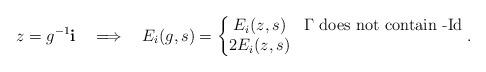
LaTeX: \begin{align*}z = g^{-1} \mathbf{i} \ \ \implies \ \ E_i(g,s) =\left\{\begin{matrix} E_i(z,s) & \Gamma \text{ does not contain -}\mathrm{Id} \\ 2 E_i(z,s) & \end{matrix} \right. . \end{align*}